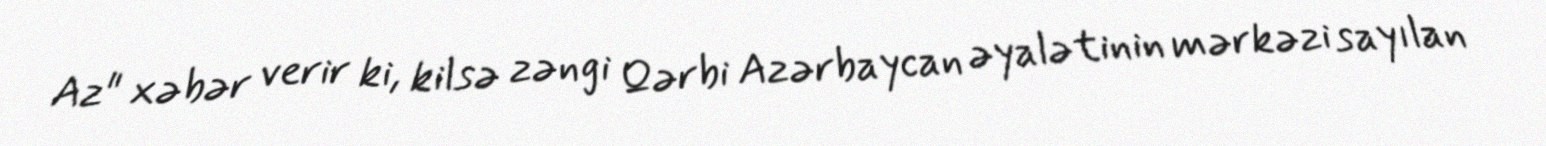
Az" xəbər verir ki, kilsə zəngi Qərbi Azərbaycan əyalətinin mərkəzi sayılan